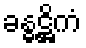
ခန္ဓဋ္ဌိကံ